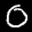
Label: 0